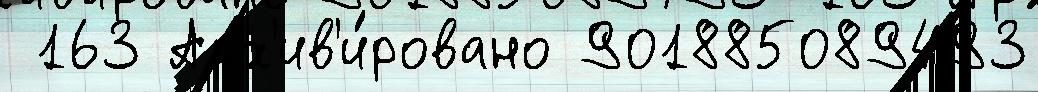
 163 Арх'ив'и́ровано 901885089493